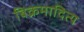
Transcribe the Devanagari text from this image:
बिक्रमादित्य